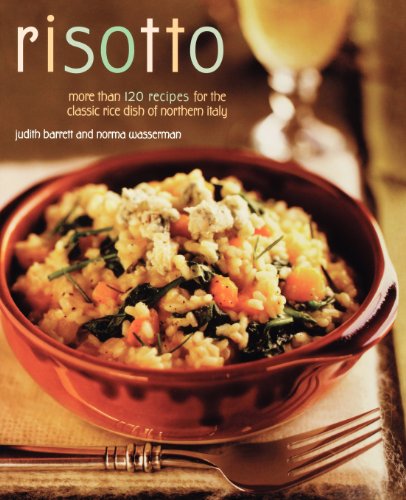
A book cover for Risotto: More than 100 Recipes for the Classic Rice Dish of Northern Italy; Norma Wasserman; Cookbooks, Food & Wine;